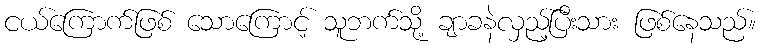
ငယ်ကြောက်ဖြစ် သောကြောင့် သူဘက်သို့ ချာခနဲလှည့်ပြီးသား ဖြစ်နေသည်။